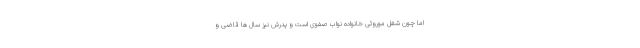
اما چون شغل موروثی خانواده نواب صفوی است و پدرش نیز سال ها قاضی و